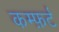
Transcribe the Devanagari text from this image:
कम्फ़र्ट